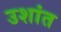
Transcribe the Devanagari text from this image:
उशांत